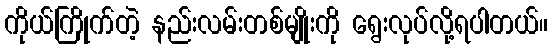
ကိုယ်ကြိုက်တဲ့ နည်းလမ်းတစ်မျိုးကို ရွေးလုပ်လို့ရပါတယ်။